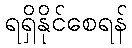
ရရှိနိုင်စေရန်